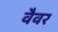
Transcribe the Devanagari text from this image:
वैवर